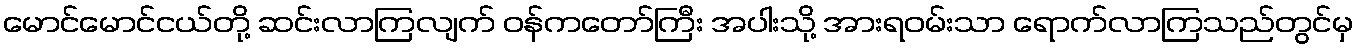
မောင်မောင်ငယ်တို့ ဆင်းလာကြလျက် ဝန်ကတော်ကြီး အပါးသို့ အားရဝမ်းသာ ရောက်လာကြသည်တွင်မှ